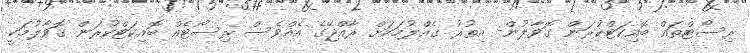
ރިސޯޓްތައް ބޮއިކަޓްކުރަން ގޮވާލުން- އިތުރު ގެއްލުމަކަށް ރާއްޖޭގެ އެއްވެސް ރިސޯޓެއް ބޮއިކަޓްކުރަން ގޮވާލުމަކީ